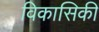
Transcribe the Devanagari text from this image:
विकासिकी